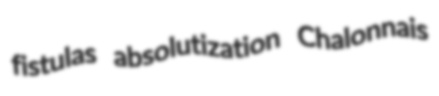
fistulas absolutization Chalonnais